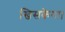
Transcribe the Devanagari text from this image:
खिसकेगा।